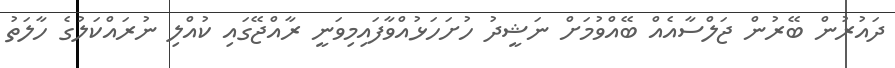
ދައުރުން ބޭރުން ޖަލްސާއެއް ބޭއްވުމަށް ނަޝީދު ހުށަހަޅުއްވާފައިމިވަނީ ރާއްޖޭގައި ކުއްލި ނުރައްކަލުގެ ހާލަތު